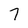
Character: 7